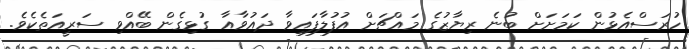
ހުރަސްއެޅުން ކަމަށަށް ބުނެ ރިޔާޒުގެ މައްޗަށް އުފުލާފައިވާ ދައުވާއާ ގުޅިގެން ބޭއްވި ސަރީއަތެކެވެ.